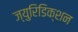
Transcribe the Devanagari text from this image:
ज्युरिडिक्शन